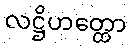
လဋ္ဌိဟတ္ထော